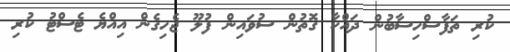
ކުރި ތަފާސްހިސާބުން ދައްކާ ގޮތުން ސުވައިން ފުލޫ ޖެހިގެން އިއްޔެ ޓެސްޓު ކުރި